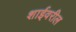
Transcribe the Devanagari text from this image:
शाईवरील